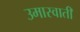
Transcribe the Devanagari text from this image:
उमास्वाती